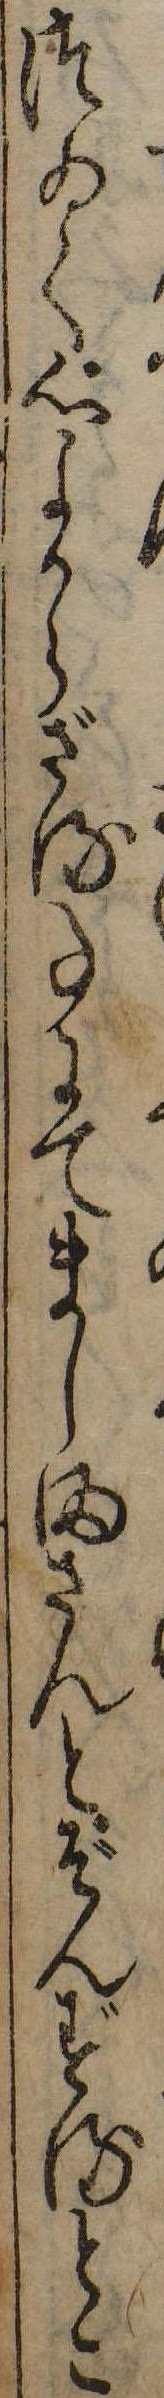
つゐて心よからざる事にてましまさんとぞんずるとこ